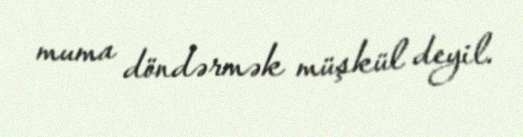
muma döndərmək müşkül deyil.